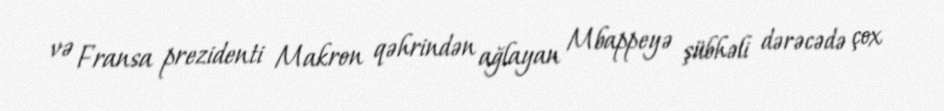
və Fransa prezidenti Makron qəhrindən ağlayan Mbappeyə şübhəli dərəcədə çox